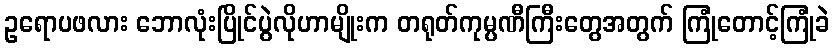
ဥရောပဖလား ဘောလုံးပြိုင်ပွဲလိုဟာမျိုးက တရုတ်ကုမ္ပဏီကြီးတွေအတွက် ကြုံတောင့်ကြုံခဲ